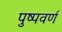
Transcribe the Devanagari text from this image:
पुष्पवर्ण